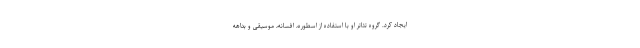
ایجاد کرد. گروه تئاتر او با استفاده از اسطوره، افسانه، موسیقی و بداهه